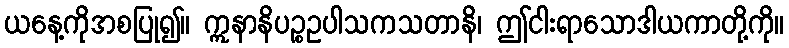
ယနေ့ကိုအစပြု၍။ ဣနာနိပဉ္စဥပါသကသတာနိ၊ ဤငါးရာသောဒါယကာတို့ကို။